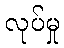
လုပ်မှု